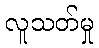
လူသတ်မှု